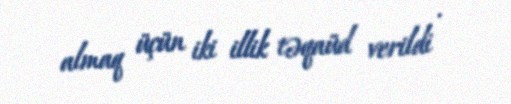
almaq üçün iki illik təqaüd verildi .